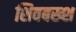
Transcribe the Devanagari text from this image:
शिवबख्श